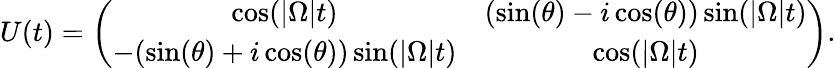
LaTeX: \begin{array}{r}{U(t)=\left(\begin{array}{cccc}{\cos(|\Omega|t)}&{(\sin(\theta)-i\cos(\theta))\sin(|\Omega|t)}\\ {-(\sin(\theta)+i\cos(\theta))\sin(|\Omega|t)}&{\cos(|\Omega|t)}\end{array}\right).}\end{array}